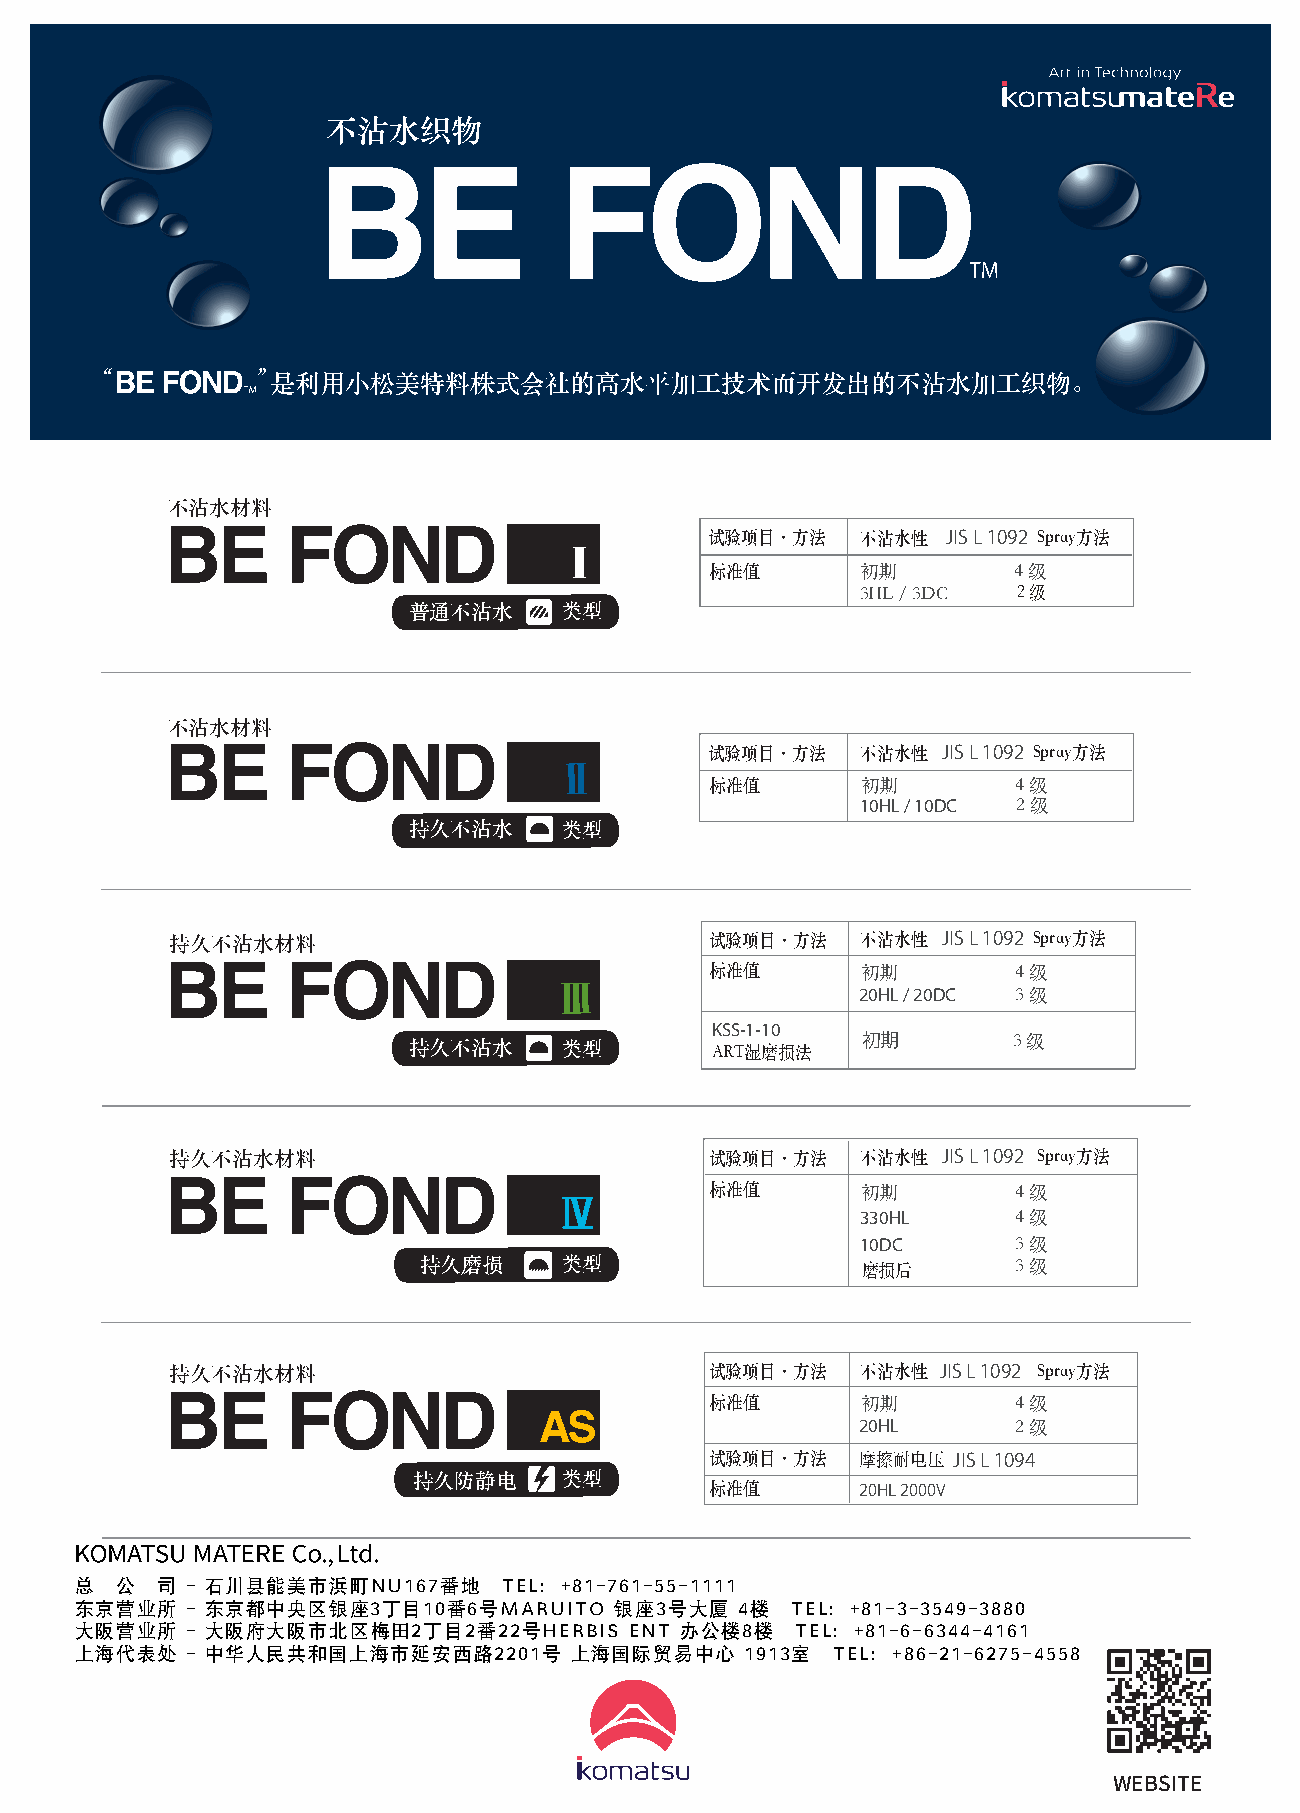
不沾水织物
 “         ”是利用小松美特料株式会社的高水平加工技术而开发出的不沾水加工织物。
 不沾水材料
 试验项目·方法   不沾水性  JIS L 1092 Spray方法
 标准值
 初期        4 级
 3HL / 3DC 2 级
 普通不沾水     类型
 不沾水材料
 试验项目·方法   不沾水性 JIS L 1092 Spray方法
 标准值
 初期        4 级
 10HL / 10DC
 2 级
 持久不沾水     类型
 持久不沾水材料                             试验项目·方法   不沾水性 JIS L 1092 Spray方法
 标准值
 初期        4 级
 20HL / 20DC
 3 级
 KSS-1-10
 持久不沾水     类型                  初期        3 级
 ART湿磨损法
 持久不沾水材料                             试验项目·方法   不沾水性 JIS L 1092 Spray方法
 标准值
 初期        4 级
 330HL
 4 级
 10DC
 3 级
 持久磨损     类型
 磨损后       3 级
 持久不沾水材料                             试验项目·方法   不沾水性 JIS L 1092 Spray方法
 标准值
 初期        4 级
 20HL
 2 级
 试验项目·方法
 摩 擦 耐 电 压
 JIS L 1094
 持久防静电     类型
 标准值       20HL 2000V
 总  公 司 - 石川县能美市浜町NU167番地    TEL：+81-761-55-1111
 东京营业所  - 东京都中央区银座3丁目10番6号MARUITO    银座3号大厦  4楼 TEL：+81-3-3549-3880
 大阪营业所  - 大阪府大阪市北区梅田2丁目2番22号HERBIS    ENT 办公楼8楼  TEL：+81-6-6344-4161
 上海代表处  - 中华人民共和国上海市延安西路2201号     上海国际贸易中心   1913室 TEL：+86-21-6275-4558
 WEBSITE